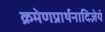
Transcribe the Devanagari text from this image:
क्रमेणप्रार्थनादिज्ञेयं